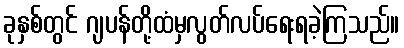
ခုနှစ်တွင် ဂျပန်တို့ထံမှလွတ်လပ်ရေးရခဲ့ကြသည်။